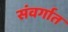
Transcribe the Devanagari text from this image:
संवर्गात